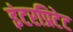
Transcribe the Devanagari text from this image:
इंटरप्रिटेट